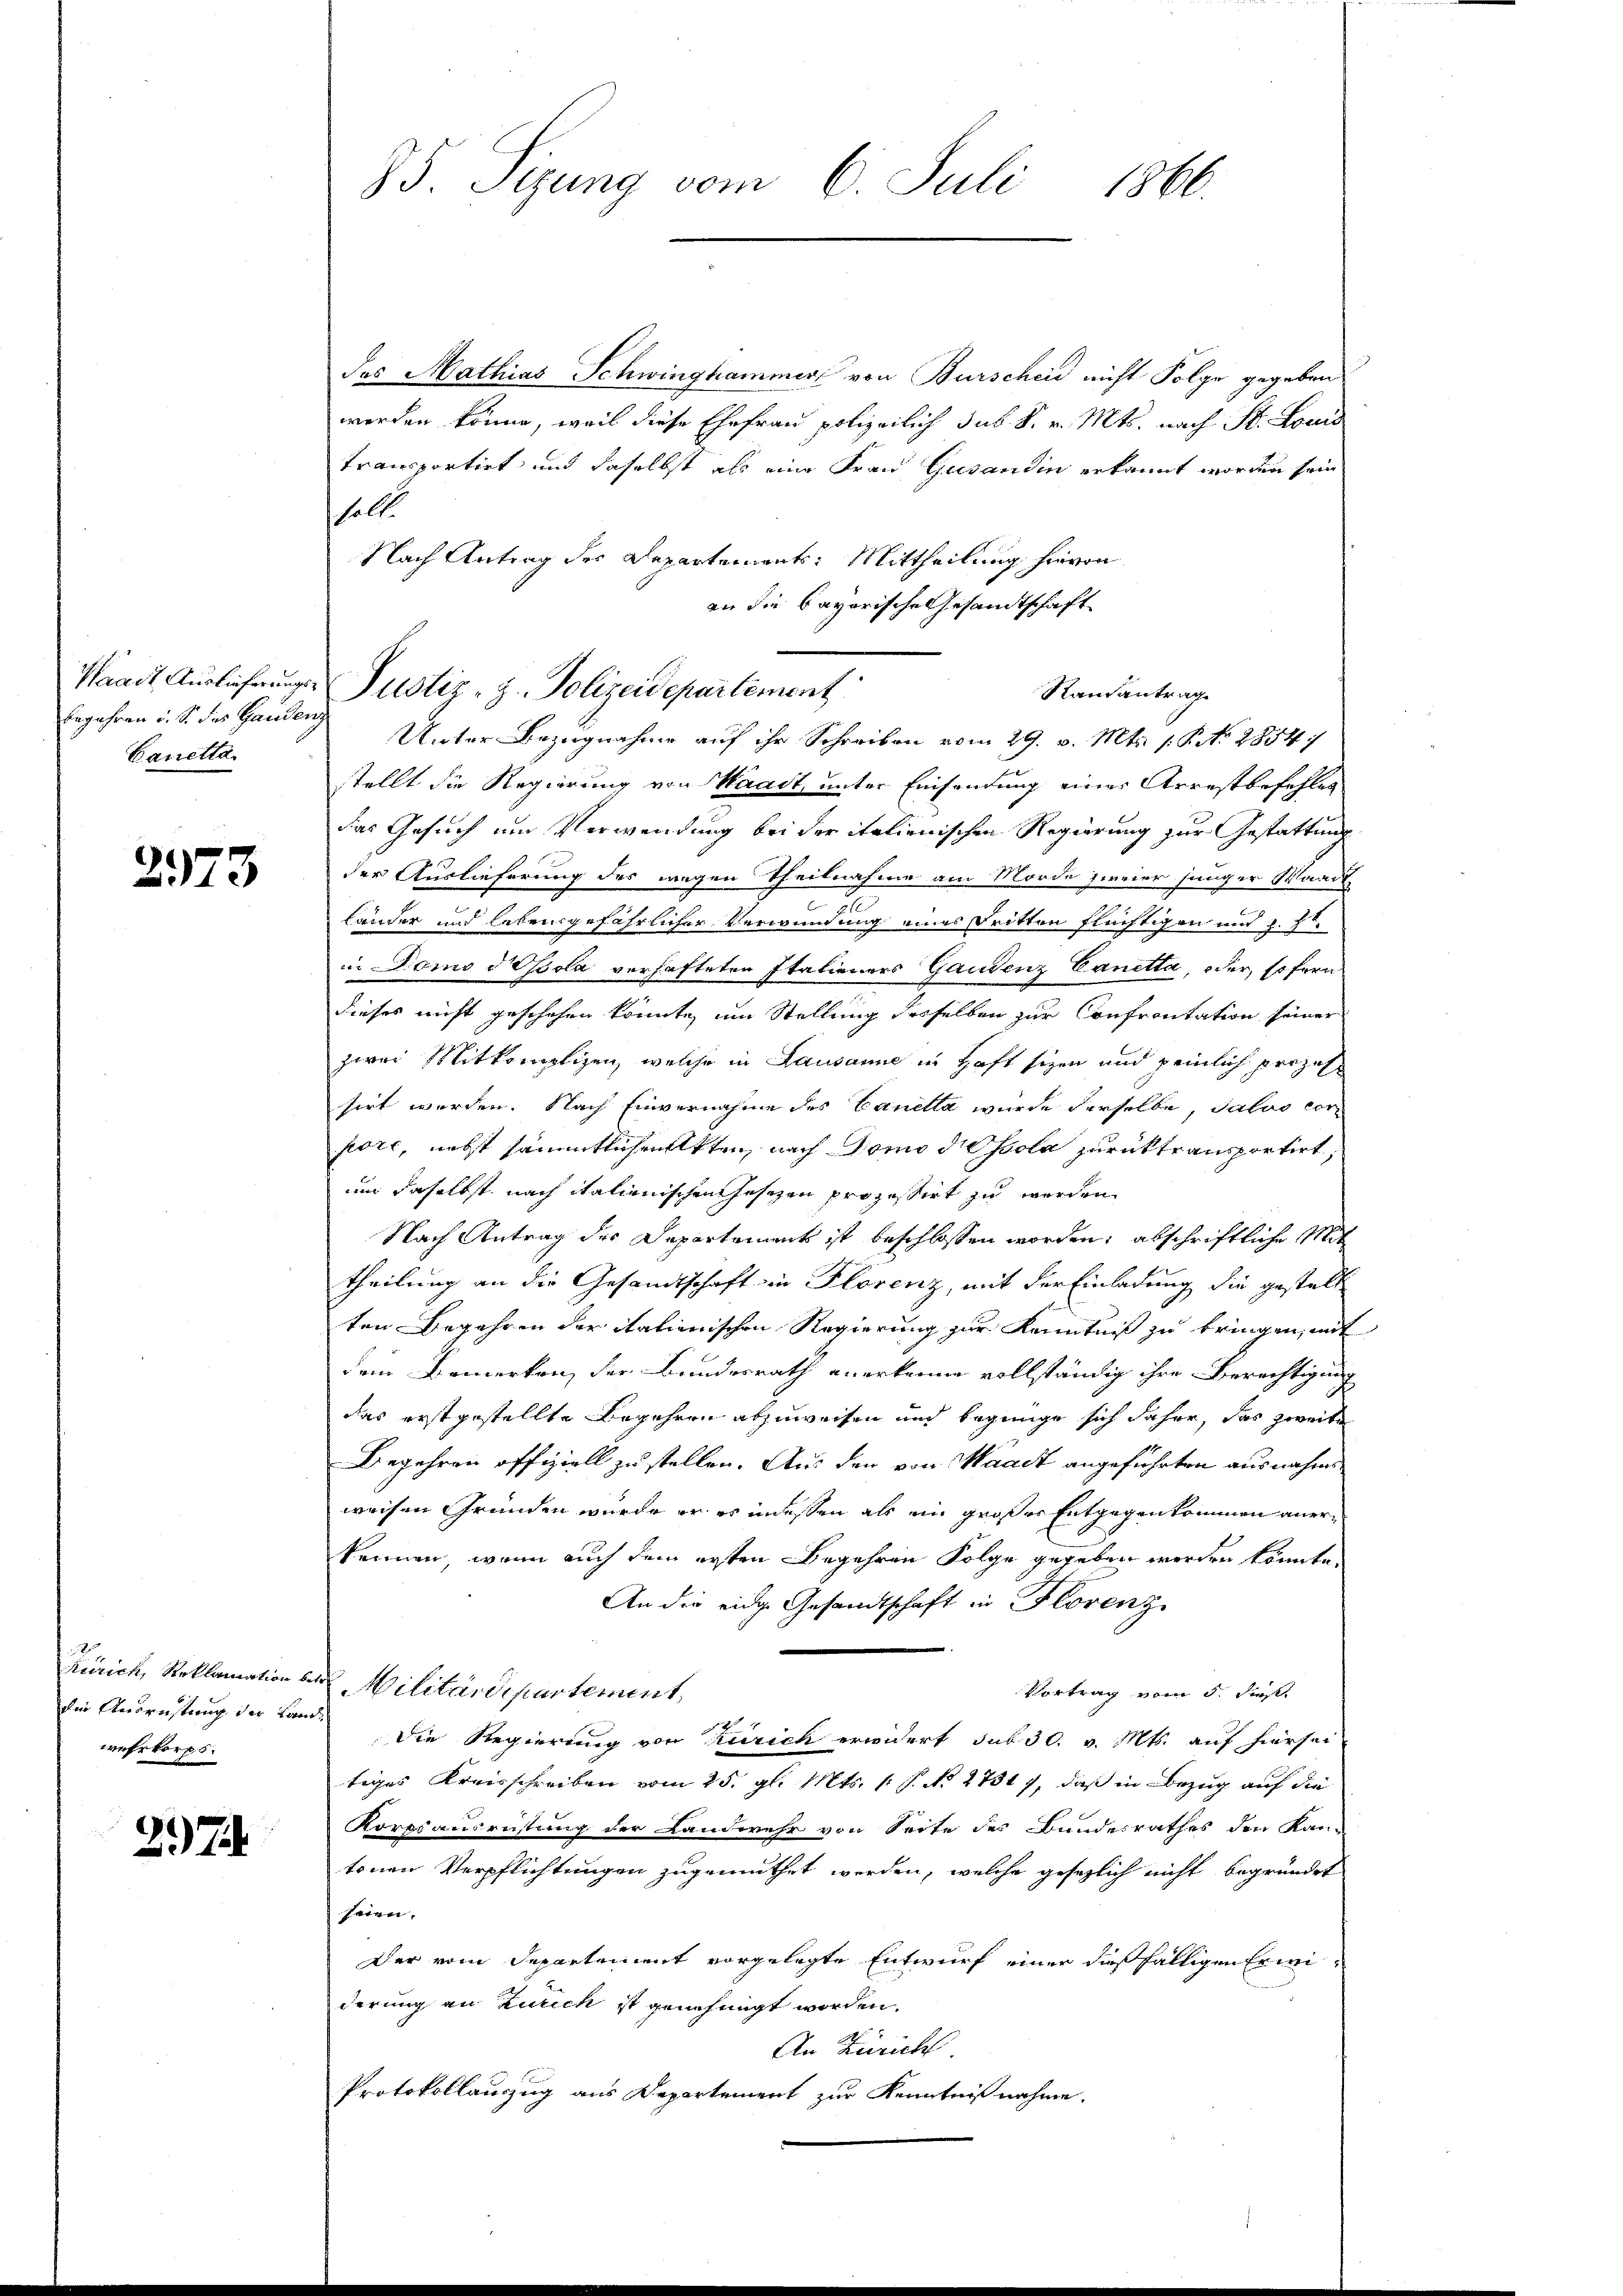
begehren u. s. des Gandenz
Canetta.

2973

die Ausrüstung der Land-
wehrkorps.

3.) J

S. Sitzung vom 6. Juli 1866.

des Mathias Schwinghammer von Burscheid nicht Folge gegeben
werden könne, weil diese Ehefrau polizeilich sub. S. v. Mts. nach St. Louis
transportirt und daselbst als eine Frau Gusandin erkannt worden sein
halt.
Nach Antrag der Departement: Mittheilung hievon
an die bayerische Gesandtschaft
Rautantrag
Unter Bezugnahme auf ihr Schreiben vom 29. v. Mts. 1. P. Nr. 2854
stellt die Regierung von Waadt, unter Einsendung einer Arrestbefehlen
das Gesuch um Verwendung bei der italienischen Regierung zur Gestattung
der Auslieferung des wegen Theilnahme am Morde zweier junger Waadt
u
Länder und lebensgefährlicher Verwundung eines Tritten flüchtigen und h. E.
in Domo dissola verhafteten Italieners Gantenz Eanetta, oder, so fern
dieses nicht geschehen könnte, um Stellung desselben zur Confrontation seiner
zwei Mitkomplizen, welche in Lausanne in Haft sizen und peinlich prozes
sirt werden. Nach Einvernahme des Canella wurde derselbe Saldo cor
höre, nebst sämmtlichenkten, nach Tomo die sola zurücktransportirt,
um daselbst nach italienischen Gesezen prozessirt zu werden
Nach Antrag des Departement ist beschlossen worden; abschriftliche Mit
theilung an die Gesandtschaft in Florenz, mit der Einladung die gestell
ten Begehren der italienischen Regierung zur Kenntniß zu bringen, mit
dem Bemerken, der Bundesrath anerkenne vollständig ihre Berechtigung
das erstgestellte Begehern abzuweisen und begnüge sich daher, das zweite
Begehren offiziell zu stellen. Aus den von Waadt angeführten ausnahmweisen Gründen wurde er es indessen als ein großer Entgegenkommen anerkennen, wenn auch dein ersten Begehren Folge gegeben werden könnte.
An die eidge Gesandtschaft in Florenz
Zürich, Reklamation des Militärdepartement
Vortrag vom 5. dieß.
die Regierung von Zürich erwidert sub 30. v. Mts. auf hiersei
tiges Kreisschreiben vom 25. gl. Mts. 1. P. No. 27317, daß in Bezug auf die
Korps ausrüstung der Landwehr von Seite des Bundesrathes den Kan-
tonen Verpflichtungen zugemuthet werden, welche gesetzlich nicht begründet
seien,
Der vom Departement vorgelegte Entwurf einer dießfälligen Erweiderung an Zürich ist genehmigt worden.
An Zürich
Protokollauszug aus Departement zur Kenntnißnahme.

Waadt Ausführungs Justiz, z. Polizeidepartement